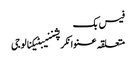
فیس بک
متعلقہ عنوانکرپشننیبٹیکنالوجی